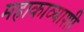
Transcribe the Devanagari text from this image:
महाकाव्याशी